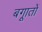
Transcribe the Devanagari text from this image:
बगाूतों